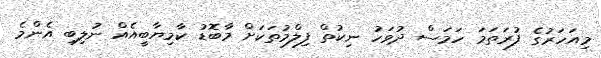
މިއަހަރުގެ ފުރަތަމަ ހަމަސް ދުވަހު ނިކުތް ފިލްމުތަކަށް މާބޮޑު ކާމިޔާބީއެއް ނުލިބި އެންމެ